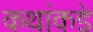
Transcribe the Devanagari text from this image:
कथांकडे